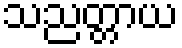
သညတ္တာယ